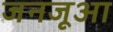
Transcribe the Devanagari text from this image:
जनजूआ